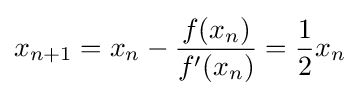
x_{n+1}=x_{n}-{\frac {f(x_{n})}{f'(x_{n})}}={\frac {1}{2}}x_{n}